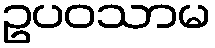
ဥပဝသာမ